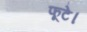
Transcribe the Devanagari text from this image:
फूटे।